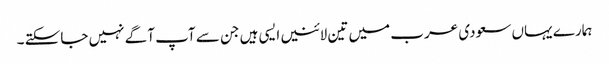
ہمارے یہاں سعودی عرب میں تین لائنیں ایسی ہیں جن سے آپ آگے نہیں جاسکتے ۔